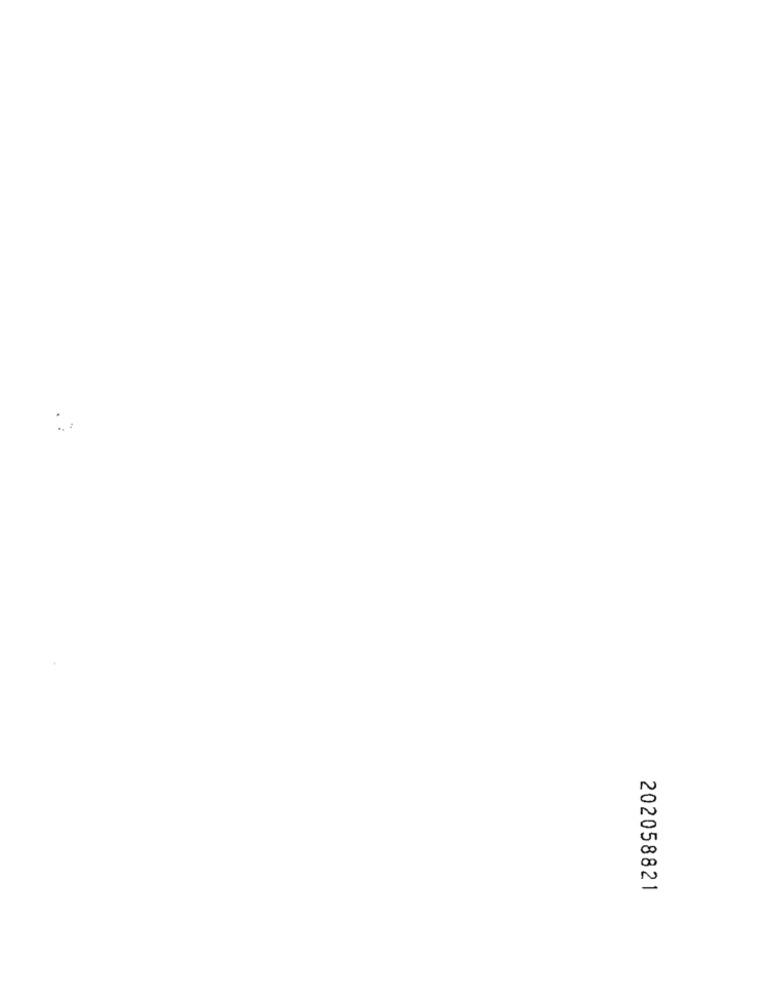
202058821